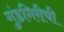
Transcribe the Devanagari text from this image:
गुंडगिरीची